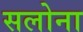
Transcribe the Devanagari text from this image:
सलोना